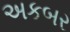
અકબર